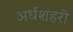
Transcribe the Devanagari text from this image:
अर्धशहरी